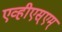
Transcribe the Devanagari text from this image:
एव्हीएस्एम्